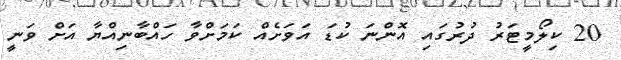
20 ކިލޯމީޓަރު ދުރުގައި އޮންނަ ކުޑަ އަވަށެއް ކަމަށްވާ ހައްބާނިއްޔާ އަށް ވަނީ